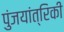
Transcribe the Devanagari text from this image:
पुंजयांत्रिकी